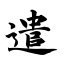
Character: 遣